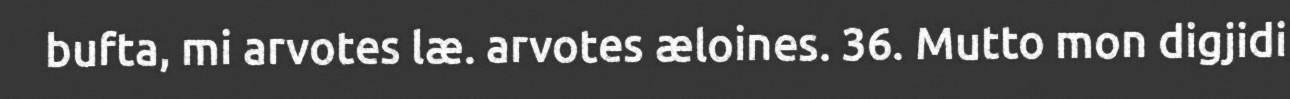
bufta, mi arvotes læ. arvotes æloines. 36. Mutto mon digjidi